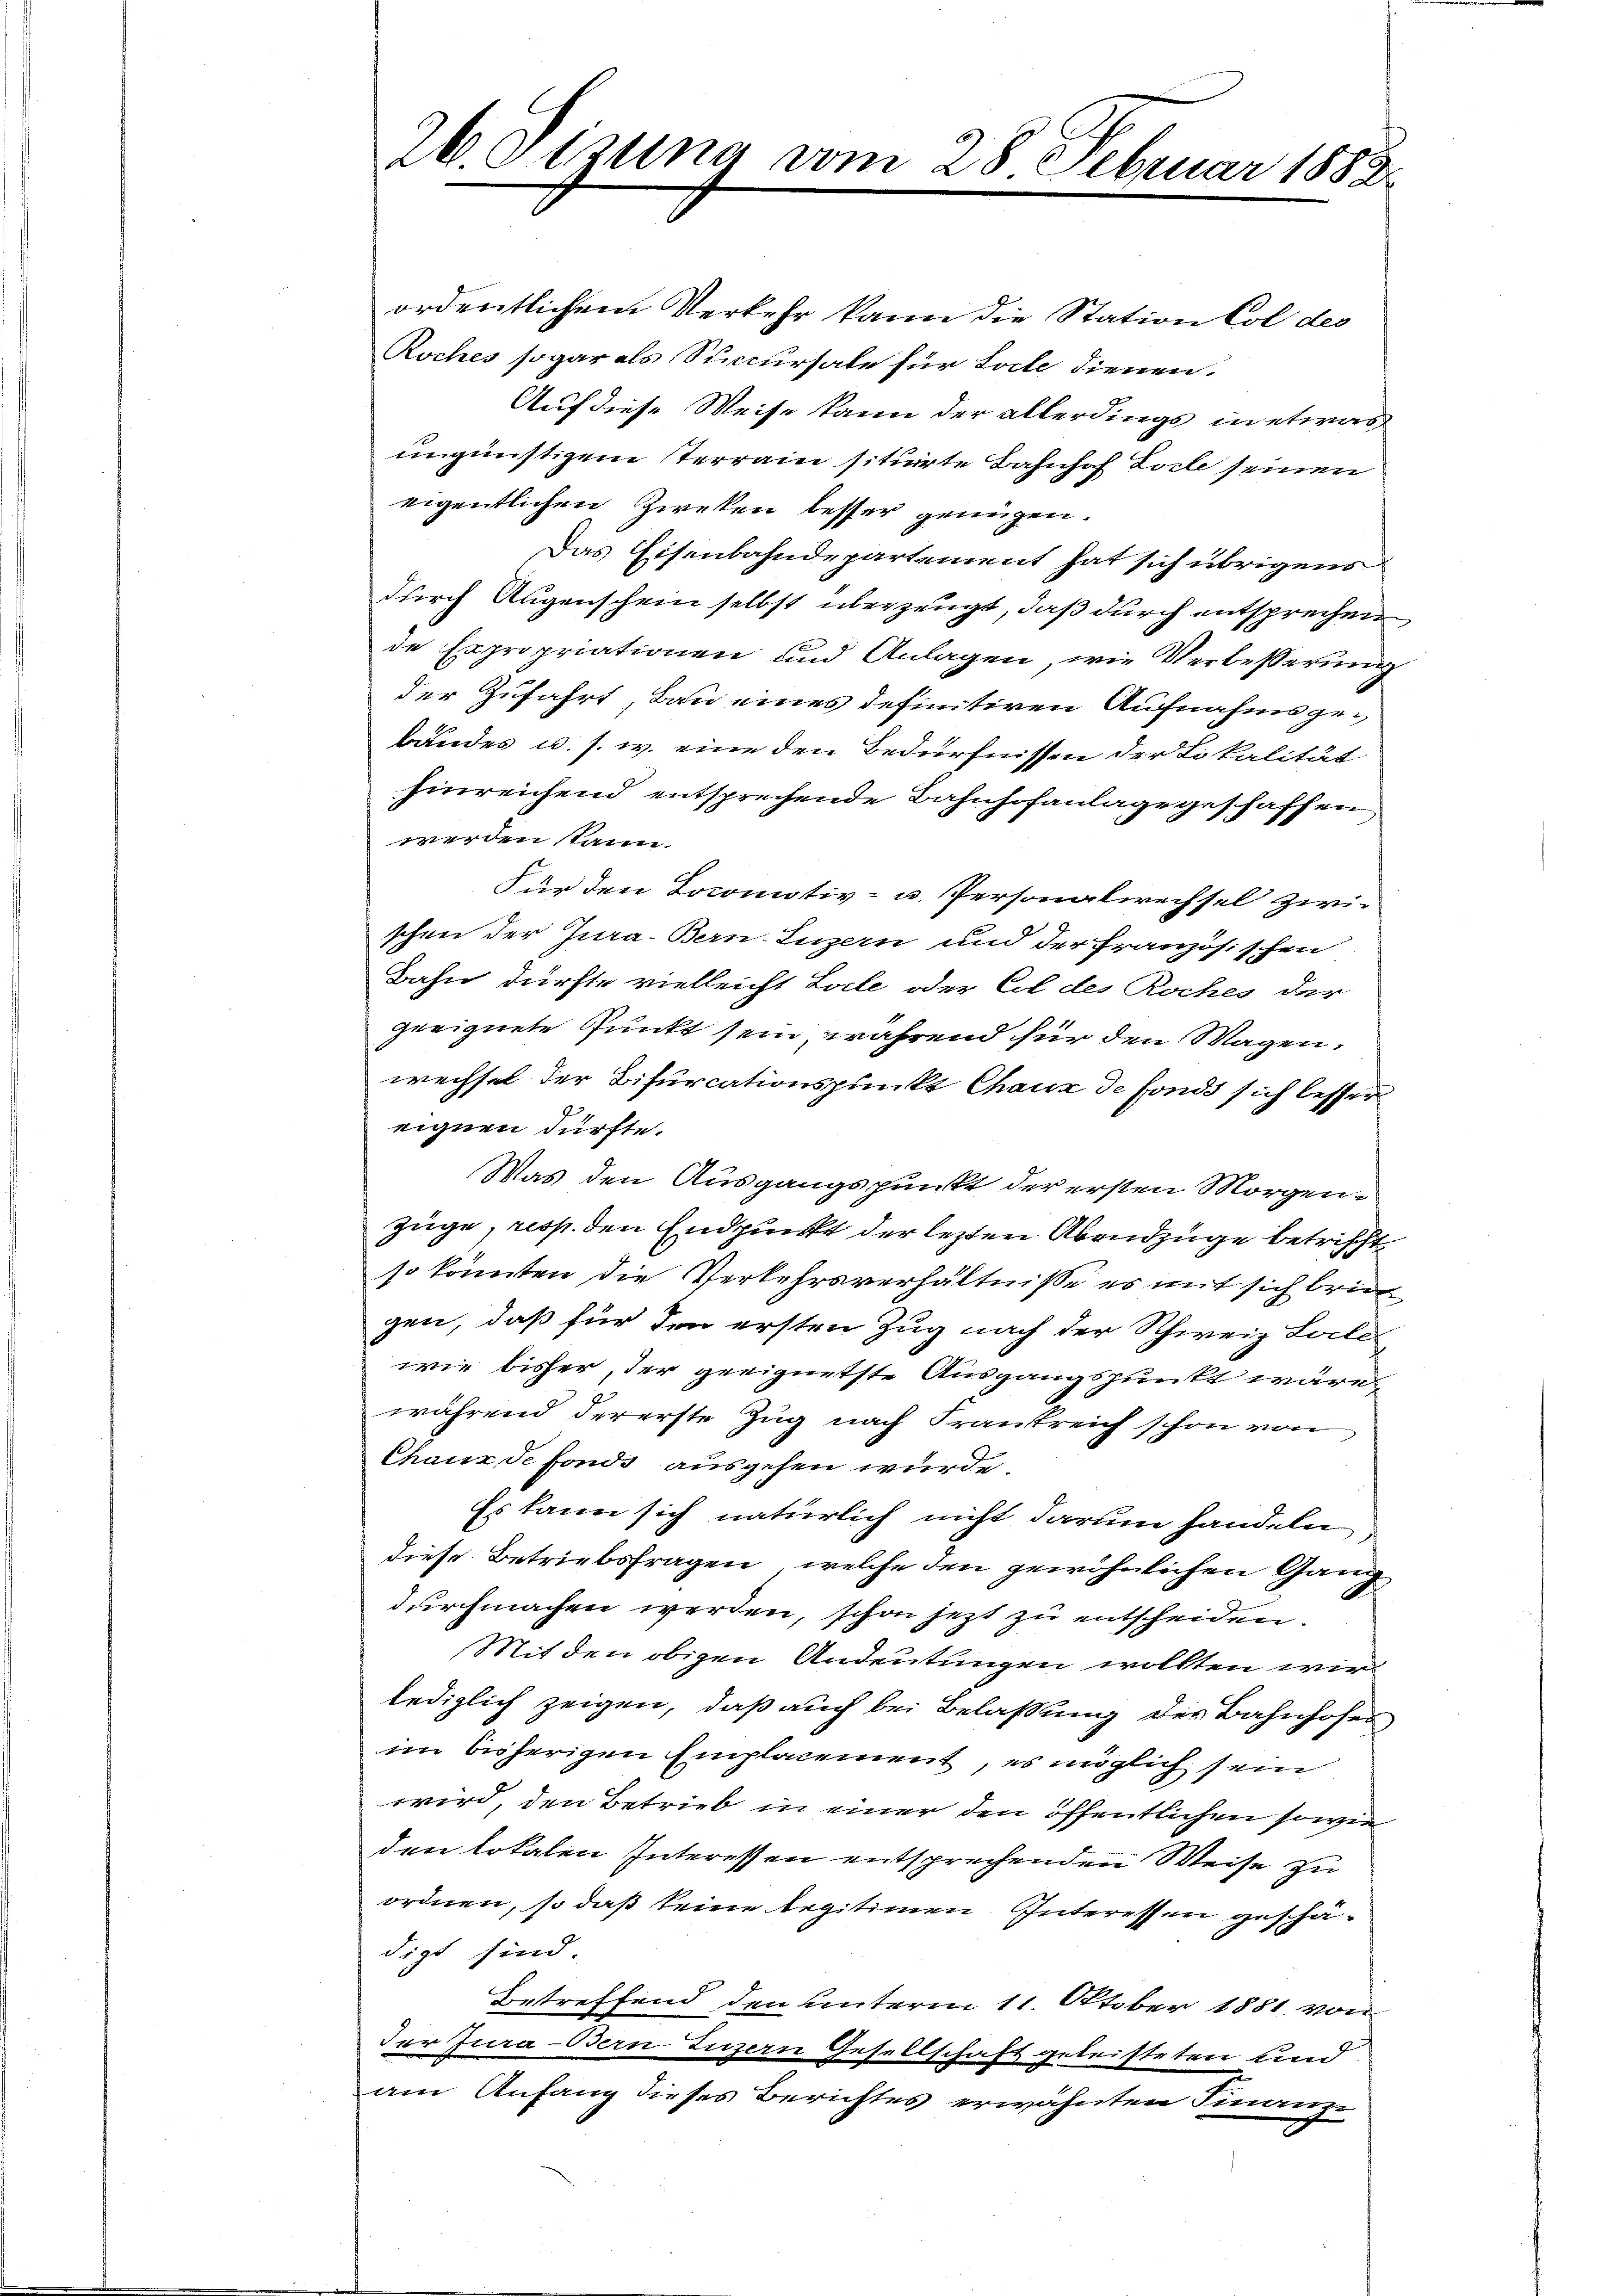
26. Fizung vom

28 Februar 1883.

ordentlichem Verkehr kann die Station Col des
Roches sogar als Succursale für Loche dienen.
Auf diese Weise kann der allerdings in etwas
ungünstigem Terrain sitirte Bahnhof Zocle seinen
eigentlichen Zweken besser genügen.
Das Eisenbahndepartement hat sich übrigens
durch Augenschein selbst überzeugt, daß durch entsprechen
de Expropriationen und Anlagen, wie Verbesserung
der Zufahrt, Bau eines definitiven Aufnahmsgebandes u. s. w. eine den Bedürfnissen der Lokalität
hinreichend entsprechende Bahnhofanlage geschaffen
werden kann.
Für den Locomitiv- u. Personalwechsel zwi-
schen der Jura-Bern. Luzern und der französischen
Bahn dürfte vielleicht Lale oder Col des Roches der
geeignete Punkt sein, während für den Wagen,
wechsel der Bisurcationspunkt Chaux de fonds sich besser
eignen dürfte.
Was den Ausgangspunkt der ersten Morgenzüge, resp. den Endpunkt der lezten Abendzüge betrifft
so könnten die Verkehrsverhältnisse es mit sich bring
gen, daß für den ersten Zug nach der Schweiz Late
wie bisher, der geeignetste Ausgangspunkt wäre
während dererste Zug nach Frankreich schon von
Chaux, de fonde ausgehen wurde.
Es kann sich natürlich nicht darum handeln
diese Betriebsfragen, welche den gewöhnlichen Gang
durchmachen werden, schon jezt zu entscheiden.
Mit den obigen Andeutungen wollten wir
lediglich zeigen, daß auch bei Belassung des Bahnhofes
im bisherigen Emplacement, es möglich sein
wird, den Betrieb in einer den öffentlichen sowie
den lokalen Interessen entsprechenden Weise zu
ordnen, so daß keine legitimen Interessen geschädigt sind.
Betreffend den unterm 11. Oktober 1881 von
der Jura-Bern Luzern Gesellschaft geleisteten Kind
am Anfang dieses Berichtes erwähnten Finanz-